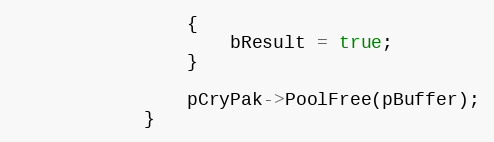
Language: C++
				{
					bResult = true;
				}

				pCryPak->PoolFree(pBuffer);
			}